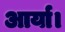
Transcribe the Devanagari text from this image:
आर्या।